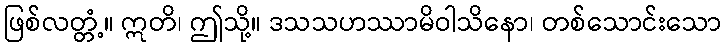
ဖြစ်လတ္တံ့။ ဣတိ၊ ဤသို့။ ဒသသဟဿာမိဝါသိနော၊ တစ်သောင်းသော